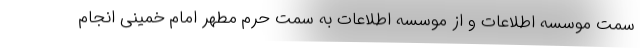
سمت موسسه اطلاعات و از موسسه اطلاعات به سمت حرم مطهر امام خمینی انجام